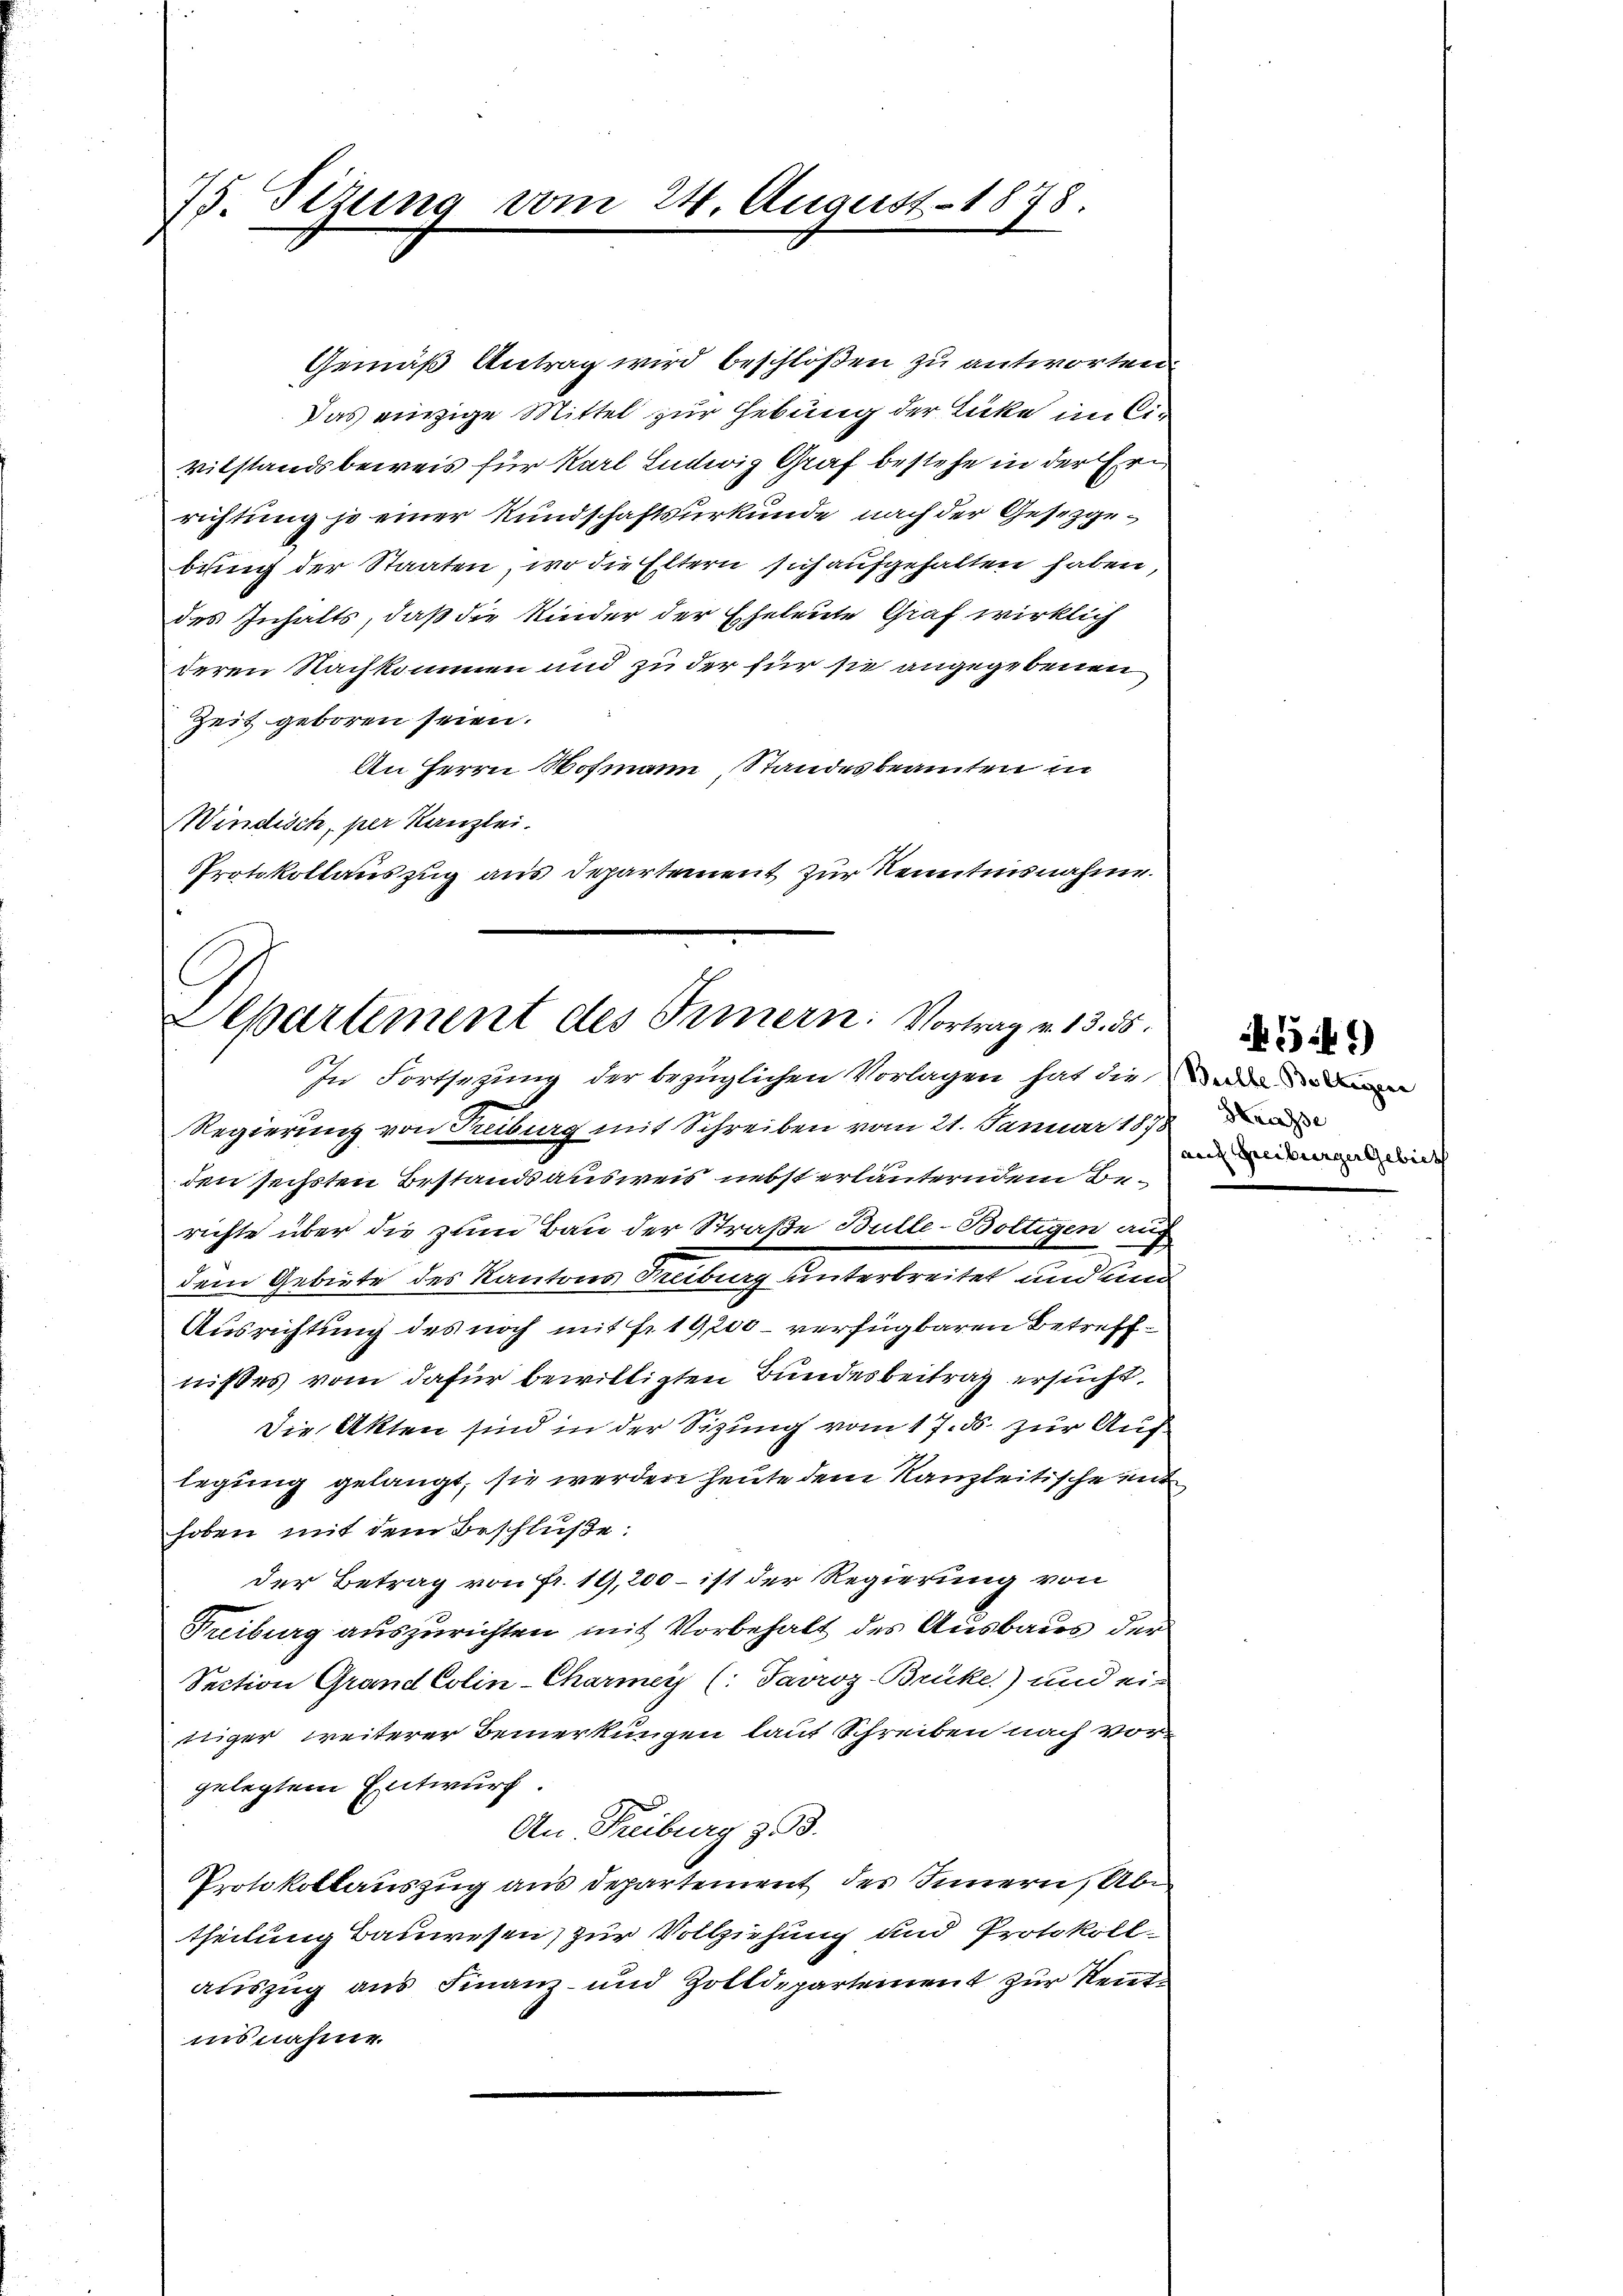
75. Sizung vom

Gemäß Antrag wird beschloßen zu antworten
Das einzige Mittel zur Hebung der Lücke im Cir
vilstandsbeweis für Karl Ludwig Graf bestehe in der Errichtung je einer Kundschaftsurkunde nach der Gesetzgebung der Staaten, wo die Eltern sich aufgehalten haben
des Inhalts, daß die Kinder der Eheleute Graf wirklich
deren Nachkommen und zu der für sie angegebenen
Zeit geboren seien.
An Herrn Hofmann Standesbeamten in
Windisch, per Kanzlei.
Protokollauszug aus Departement zur Kenntnisnahme.

24. August 1878.

Departement des Innern. Vortrag v. 13. 55.
In Fortsezung der bezüglichen Vorlagen hat die ein

Regierung von Treiburg mit Schreiben vom 21. Januar 1878
den sechsten Bestands ausweis nebst erläuterndem Berichte über die zum Bau der Straße Bulle-Boltigen auch
dem Gebiete des Kantons Freiburg unterbreitet und und
Ausrichtung des noch mit Fr. 19, 200 - verfügbaren Betreffnißes vom dafür bewilligten Bundesbeitrag ersucht,
Die Akten sind in der Sizung vom 17. ds. zur Auf
legung gelangt, sie werden heute dem Kanzleitische mit
hoben mit dem Beschlüße:
der Betrag von fr. 19, 200 – ist der Regierung von
Freiburg auszurichten mit Vorbehalt des Ausbaus der
Section Grand Colin-Charmey (: Favroz-Brüke) und ein
tiger weiterer Bemerkungen laut Schreiben nach Vor-
gelegtem Entwurf
An Freiburg z.
Protokollauszug aus Departement des Innern, Abtheilung Bauwesen, zur Vollziehung und Protokollauszug aus Finanz- und Zolldepartement zur Reutins nahme.

Hrasse
auch Freiburger Gebiet

541)